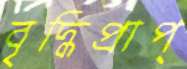
বৃদ্ধিপ্রাপ্